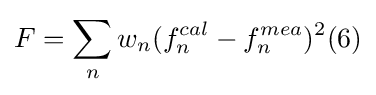
F=\sum _{n}w_{n}(f_{n}^{cal}-f_{n}^{mea})^{2}(6)